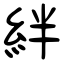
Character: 絆